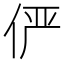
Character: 俨